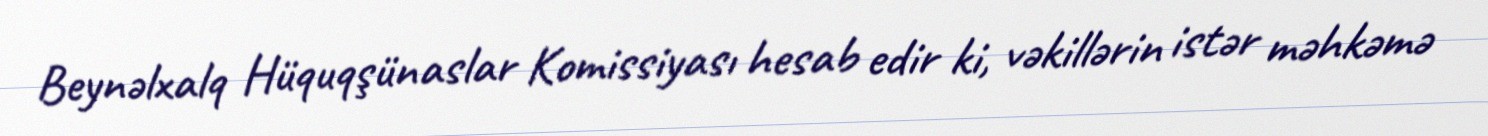
Beynəlxalq Hüquqşünaslar Komissiyası hesab edir ki, vəkillərin istər məhkəmə